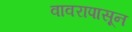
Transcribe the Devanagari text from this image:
वावरापासून